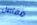
مفاصل